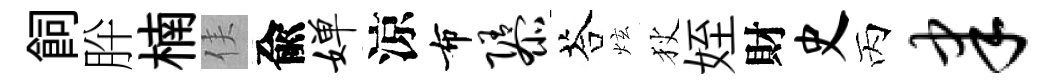
飼肸楠侯兪婵涼布隳荅炫狄姪財史丙聿